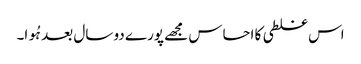
اس غلطی کا احساس مجھے پورے دو سال بعد ہُوا۔